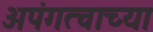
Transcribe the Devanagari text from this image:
अपंगत्वाच्या